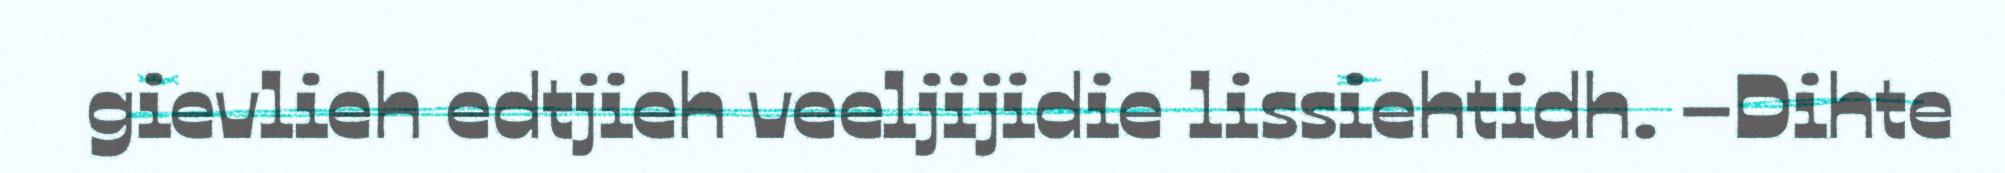
gievlieh edtjieh veeljijidie lissiehtidh. –Dihte